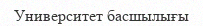
Университет басшылығы